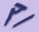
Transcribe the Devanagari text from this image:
र्।